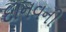
દાનવની